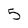
Character: 5